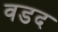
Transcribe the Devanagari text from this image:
वडद